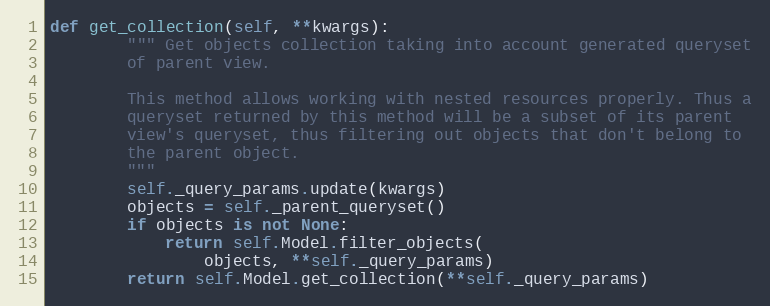
Language: Python
def get_collection(self, **kwargs):
        """ Get objects collection taking into account generated queryset
        of parent view.

        This method allows working with nested resources properly. Thus a
        queryset returned by this method will be a subset of its parent
        view's queryset, thus filtering out objects that don't belong to
        the parent object.
        """
        self._query_params.update(kwargs)
        objects = self._parent_queryset()
        if objects is not None:
            return self.Model.filter_objects(
                objects, **self._query_params)
        return self.Model.get_collection(**self._query_params)